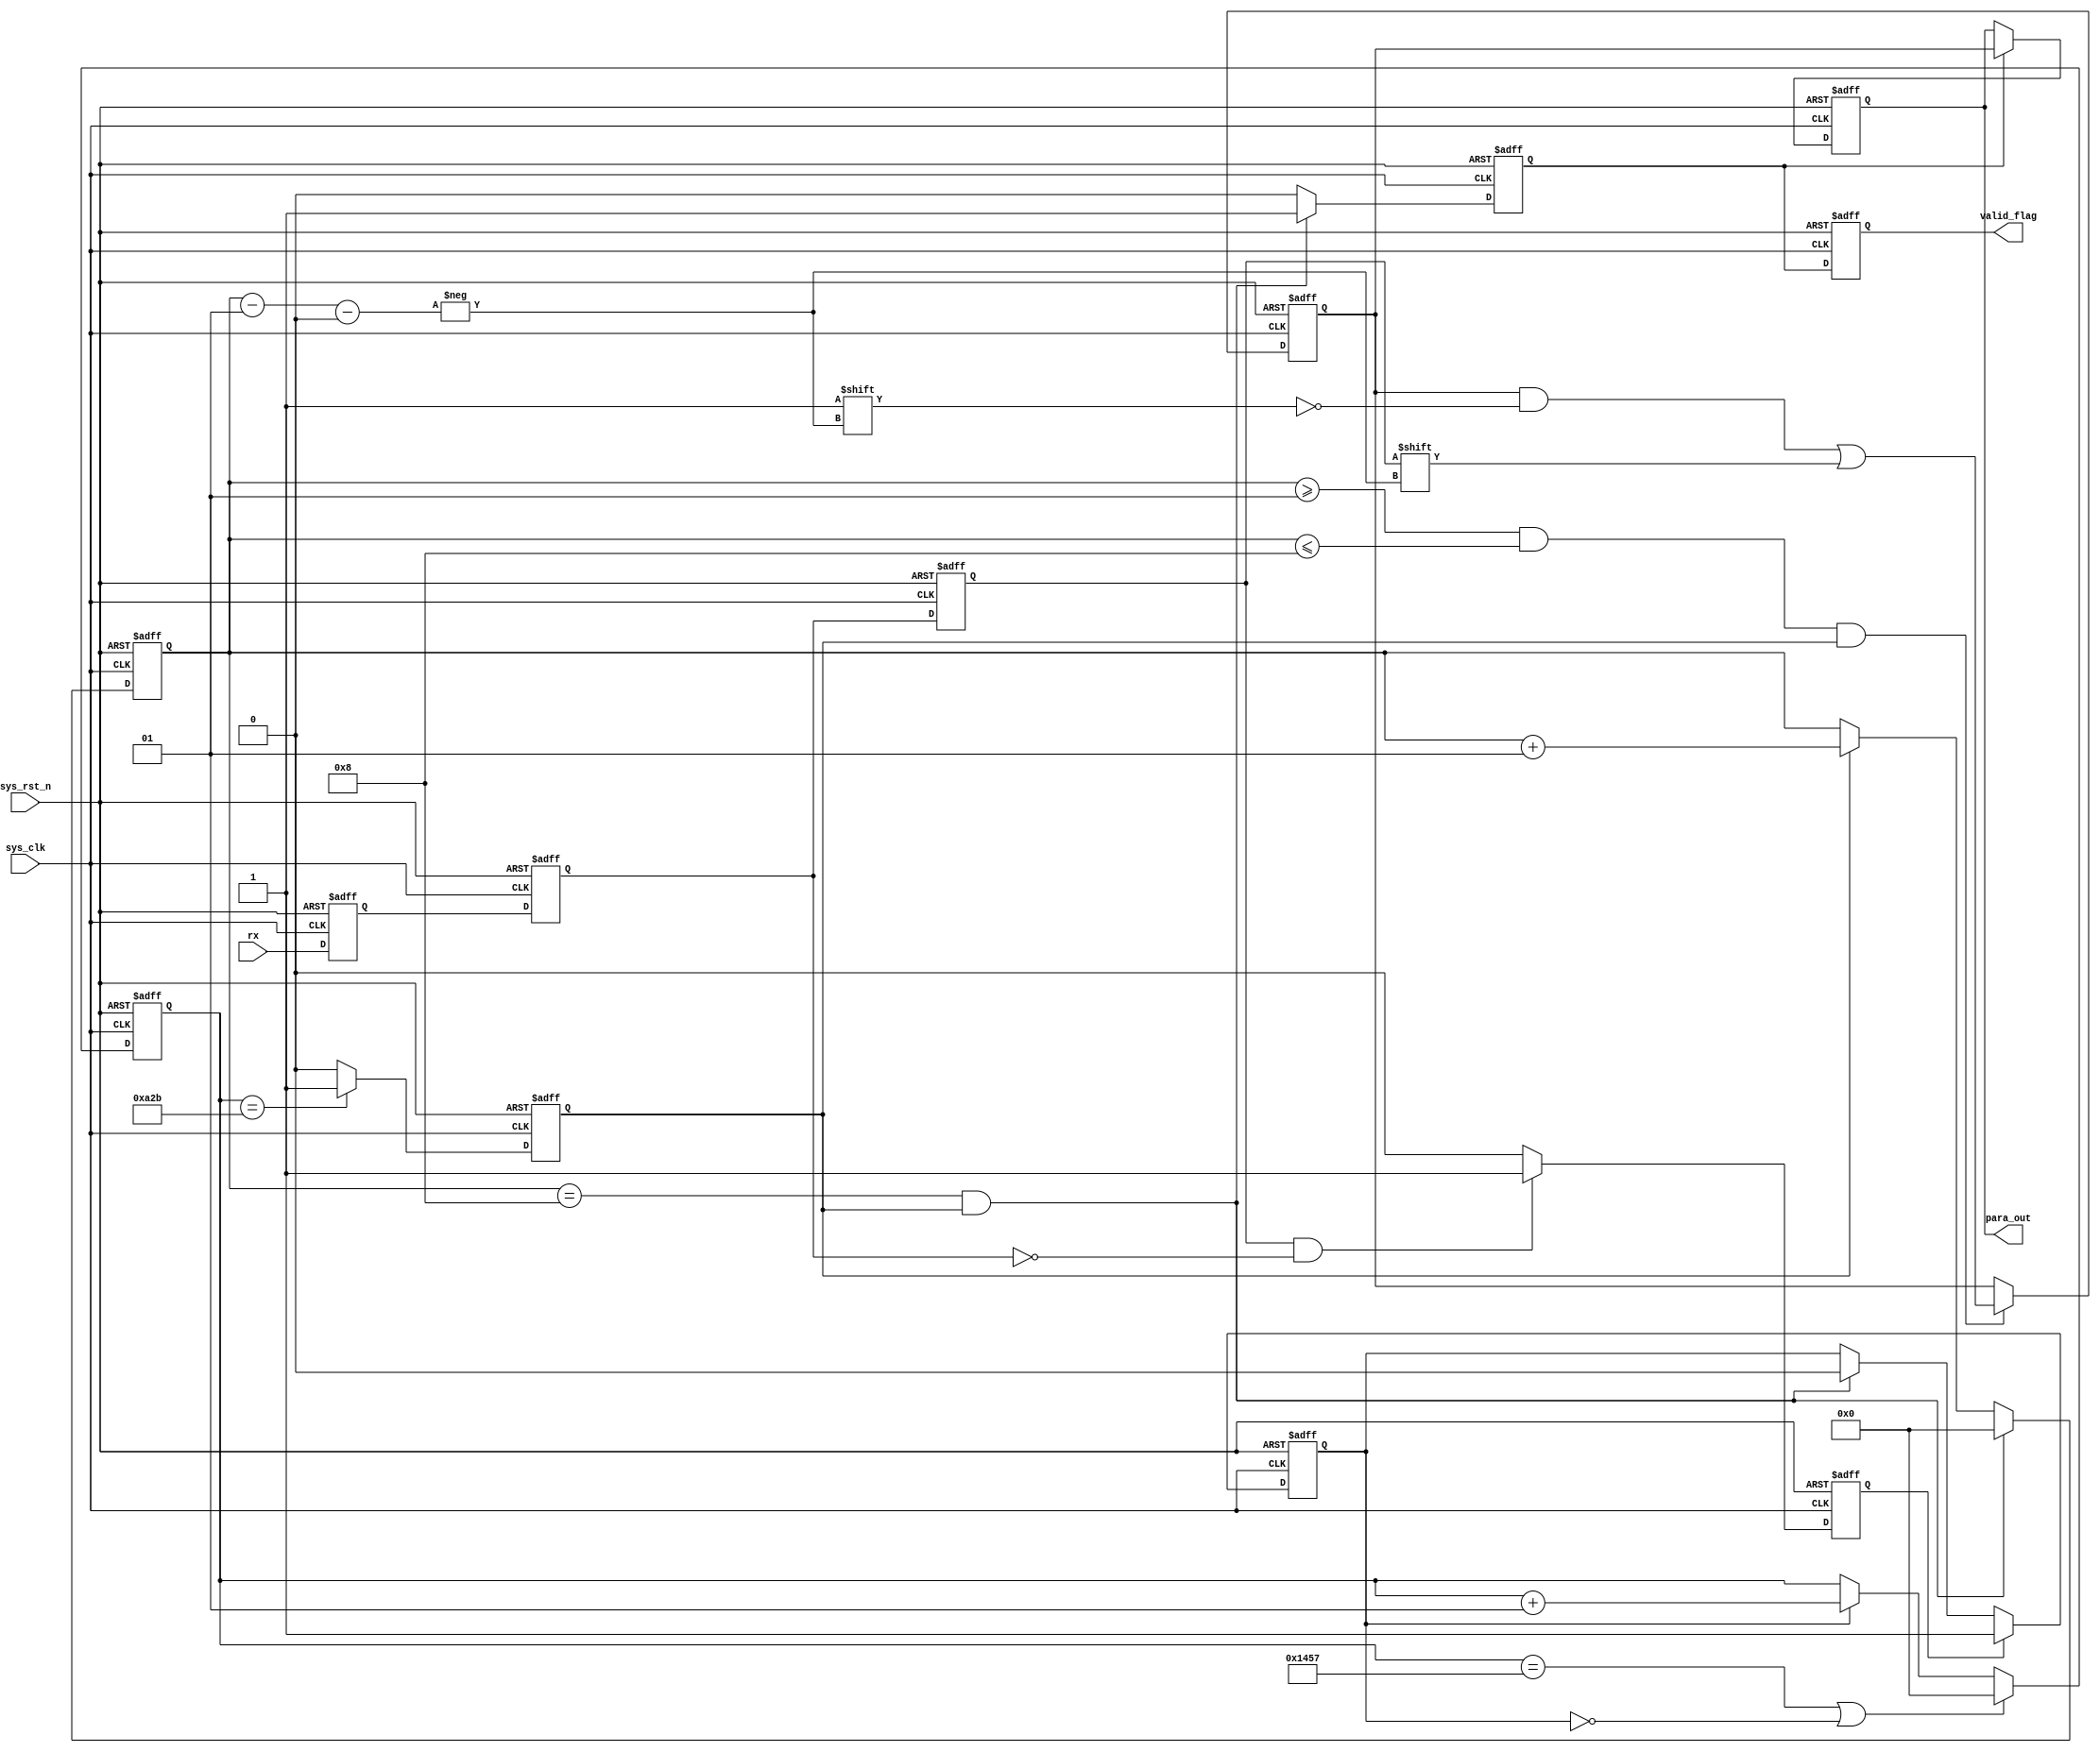
module uart_rx
(
   input                sys_clk,
   input                sys_rst_n,
   input                rx,
   output   reg   [7:0] para_out,
   output   reg         valid_flag
);

   parameter         baud_rate = 9600;
   parameter         system_clock = 50000000;
   reg               rx_reg1;
   reg               rx_reg2;
   reg               rx_reg3;
   reg               start_flag;
   reg               work_en;
   integer           baud_cnt;
   reg               bit_flag;
   integer           bit_cnt;
   reg      [7:0]    rx_data;
   reg               rx_flag;
   parameter    baud_cnt_max = system_clock/baud_rate;
   
always @(posedge sys_clk or negedge sys_rst_n)
   if (sys_rst_n == 1'b0)
      rx_reg1 <= 1'b1;
   else 
      rx_reg1 <= rx;

always @(posedge sys_clk or negedge sys_rst_n)
   if (sys_rst_n == 1'b0)
      rx_reg2 <= 1'b1;
   else 
      rx_reg2 <= rx_reg1;
      
always @(posedge sys_clk or negedge sys_rst_n)
   if (sys_rst_n == 1'b0)
      rx_reg3 <= 1'b1;
   else
      rx_reg3 <= rx_reg2;   

always @(posedge sys_clk or negedge sys_rst_n)
   if (sys_rst_n == 1'b0)
      start_flag <= 1'b0;
   else 
      if ((rx_reg3 == 1'b1) & (rx_reg2 == 1'b0))
         start_flag <= 1'b1;
      else
         start_flag <= 1'b0;

always @(posedge sys_clk or negedge sys_rst_n)
   if (sys_rst_n == 1'b0)
      work_en <= 1'b0;
   else 
      if (start_flag == 1'b1)
         work_en <= 1'b1;
      else if ((bit_cnt == 8) & (bit_flag == 1'b1))
         work_en <= 1'b0;
      else
         work_en <= work_en;

always @(posedge sys_clk or negedge sys_rst_n)
   if (sys_rst_n == 1'b0)
      baud_cnt <= 0;
   else 
      if ((baud_cnt == baud_cnt_max - 1) | (work_en == 1'b0))
         baud_cnt <= 0;
      else if (work_en == 1'b1)
         baud_cnt <= baud_cnt + 1;
      else
         baud_cnt <= baud_cnt;

always @(posedge sys_clk or negedge sys_rst_n)
   if (sys_rst_n == 1'b0)
      bit_flag <= 1'b0;
   else 
      if (baud_cnt == baud_cnt_max/2 - 1)
         bit_flag <= 1'b1;
      else
         bit_flag <= 1'b0;

always @(posedge sys_clk or negedge sys_rst_n)
   if (sys_rst_n == 1'b0)
      bit_cnt <= 0;
   else 
      if ((bit_cnt == 8) & (bit_flag == 1'b1))
         bit_cnt <= 0;
      else if (bit_flag == 1'b1)
         bit_cnt <= bit_cnt + 1;
      else
         bit_cnt <= bit_cnt;
always @(posedge sys_clk or negedge sys_rst_n)
   if (sys_rst_n == 1'b0)
      rx_data <= 8'b00000000;
   else 
      if ((bit_cnt >= 1) & (bit_cnt <= 8) & (bit_flag == 1'b1))
         rx_data[bit_cnt - 1] <= rx_reg3;
      else
         rx_data <= rx_data;

always @(posedge sys_clk or negedge sys_rst_n)
   if (sys_rst_n == 1'b0)
      rx_flag <= 1'b0;
   else 
      if ((bit_cnt == 8) & (bit_flag == 1'b1))
         rx_flag <= 1'b1;
      else
         rx_flag <= 1'b0;

always @(posedge sys_clk or negedge sys_rst_n)
   if (sys_rst_n == 1'b0)
      para_out <= 8'b00000000;
   else 
      if (rx_flag == 1'b1)
         para_out <= rx_data;

always @(posedge sys_clk or negedge sys_rst_n)
   if (sys_rst_n == 1'b0)
      valid_flag <= 1'b0;
   else 
      valid_flag <= rx_flag;
   
endmodule